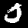
Label: 0